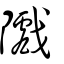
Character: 隵